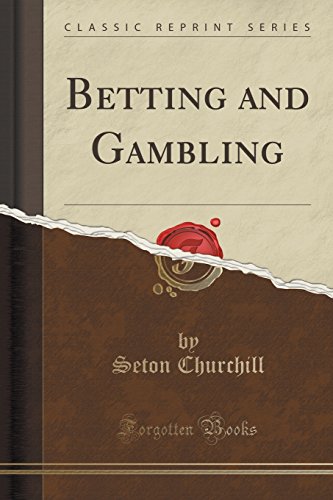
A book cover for Betting and Gambling (Classic Reprint); Seton Churchill; Health, Fitness & Dieting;